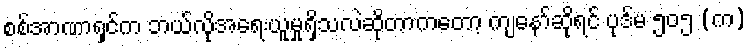
စစ်အာဏာရှင်က ဘယ်လိုအရေးယူမှုရှိသလဲဆိုတာကတော့ ကျနော်ဆိုရင် ပုဒ်မ ၅၀၅ (က)